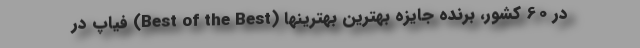
در 60 کشور، برنده جایزه بهترین بهترینها (Best of the Best) فیاپ در